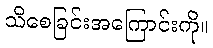
သိစေခြင်းအကြောင်းကို။